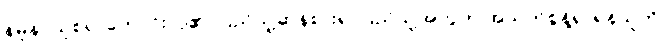
နမူနာယူစရာကောင်းလှ၏၊ ပြည်သူ့ဆန်စား၍ ပြည်သူ့အတွက် အသက်စွန့်၍ ရန်သူကို